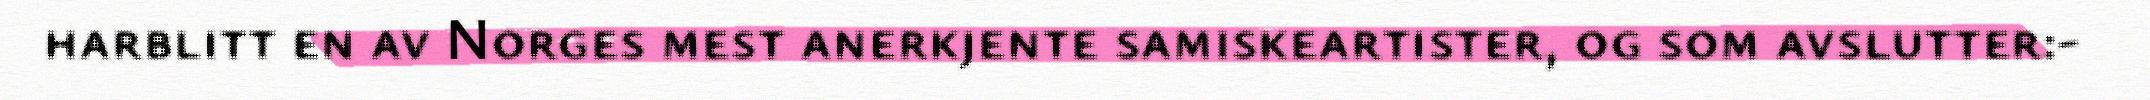
harblitt en av Norges mest anerkjente samiskeartister, og som avslutter:-